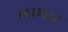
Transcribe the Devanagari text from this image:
लाभदर